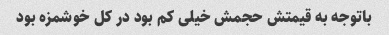
باتوجه به قیمتش حجمش خیلی کم بود در کل خوشمزه بود